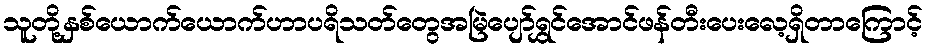
သူတို့နှစ်ယောက်ယောက်ဟာပရိသတ်တွေအမြဲပျော်ရွှင်အောင်ဖန်တီးပေးလေ့ရှိတာကြောင့်